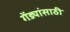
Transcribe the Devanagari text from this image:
गेंड्यांसाठी